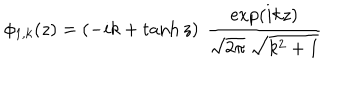
LaTeX: \phi _ { 1 , k } ( z ) = \left( - i k + \tanh z \right) \ { \frac { \exp ( i k z ) } { \sqrt { 2 \pi } \ \sqrt { k ^ { 2 } + 1 } } }